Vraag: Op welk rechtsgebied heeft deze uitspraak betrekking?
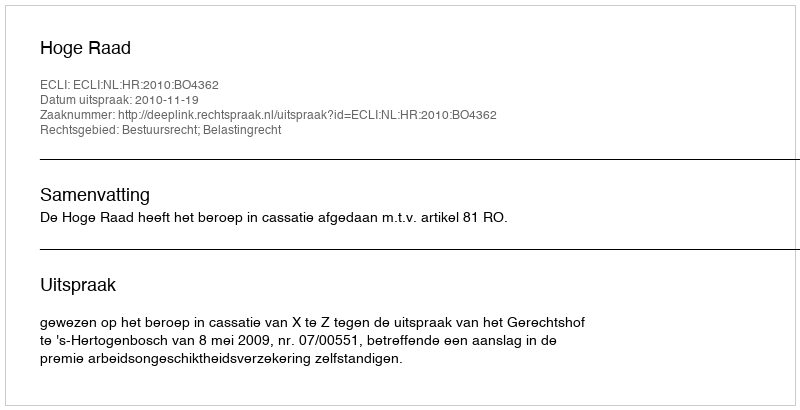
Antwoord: Bestuursrecht; Belastingrecht